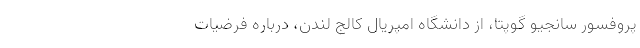
پروفسور سانجیو گوپتا، از دانشگاه امپریال کالج لندن، درباره فرضیات